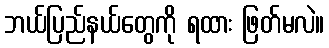
ဘယ်ပြည်နယ်တွေကို ရထား ဖြတ်မလဲ။